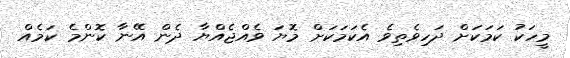
މީހަކު ކަމަކަށް ދަހިވެތިވެ އެކަމަކަށް މޮޔަ ވެއްޖެއްޔާ ދެން އޭނާ ކޮންމެ ކަމެއް